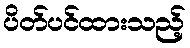
ပိတ်ပင်ထားသည့်